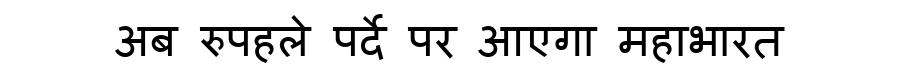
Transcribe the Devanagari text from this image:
अब रुपहले पर्दे पर आएगा महाभारत